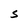
Character: S